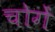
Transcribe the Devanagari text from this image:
चोगें